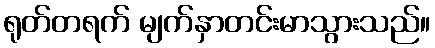
ရုတ်တရက် မျက်နှာတင်းမာသွားသည်။